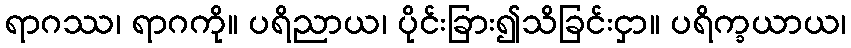
ရာဂဿ၊ ရာဂကို။ ပရိညာယ၊ ပိုင်းခြား၍သိခြင်းငှာ။ ပရိက္ခယာယ၊